Preliminary report on the killing of rats and rat fleas by hydrocyanic acid gas - Number 38
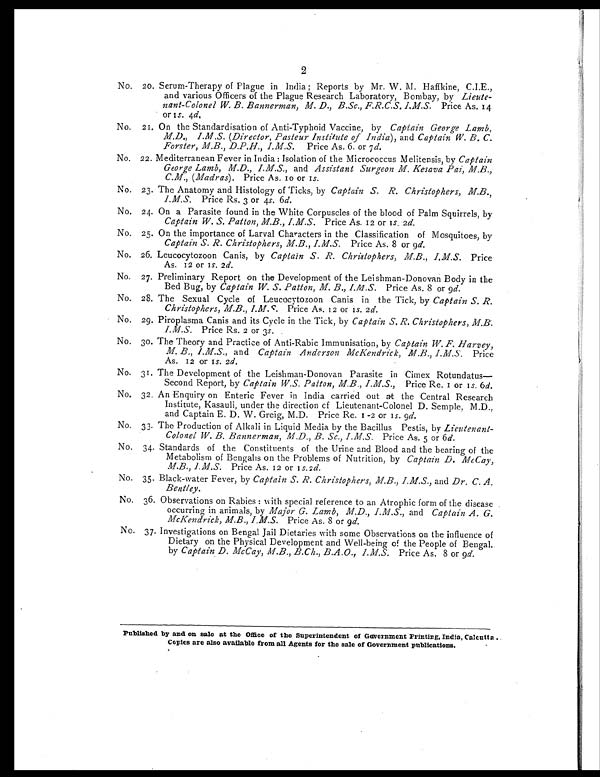
2
No. 20. Serum-Therapy of Plague in India ; Reports by Mr. W. M. Haffkine, C.I.E.,
and various Officers of the Plague Research Laboratory, Bombay, by Lieute
-
nant-Colonel W. B. Bannerman, M. D., B.Sc., F.R.C.S. I.M.S. Price As. 14
or 1s . 4d,
No. 21. On the Standardisation of Anti-Typhoid Vaccine, by Captain George Lamb,
M.D., I.M.S. (Director, Pasteur Institute of India), and Captain W. B. C.
Forster, M.B., D.P.H., I.M.S. Price As. 6. or 7 d.
No. 22. Mediterranean Fever in India : Isolation of the Micrococcus Melitensis, by Captain
George Lamb, M.D., I.M.S., and Assistant Surgeon M. Kesava Pai, MB.,
C.M., (Madras). Price As. 10 or 1s.
No. 23. The Anatomy and Histology of Ticks, by Captain S. R. Christophers,
I.M.S. M.B. Price Rs. 3 or 4s. 6d.
No. 24. On a Parasite found in the White Corpuscles of the blood of Palm Squirrels, by
Captain W. S. Patton, M.B., I.M.S. Price As. 12 or 1s. 2 d.
No. 25. On the importance of Larval Characters in the Classification of Mosquitoes, by
Captain S. R. Christophers, M.B., I.M.S. Price As. 8 or 9 d.
No. 26. Leucocytozoon Canis, by Captain S. R. Christophers, M.B., I.M.S. Price
As. 12 or 1s. 2 d.
No. 27. Preliminary Report on the Development of the Leishman-Donovan Body in the
Bed Bug, by Captain W. S. Patton, M. B., I.M.S. Price As. 8 or 9 d.
No. 28. The Sexual Cycle of Leucocytozoon Canis in the Tick, by Captain S. R.
Christophers, M.B., I.M.S. Price As. 12 or as. 2 d.
No. 29. Piroplasma Canis and its Cycle in the Tick, by Captain S. R. Christophers,
I.M.S. M.B., Price Rs. 2 or 3s ,
No. 30. The Theory and Practice of Anti-Rabic Immunisation, by Captain W. F. Harvey,
M. B., I.M.S., and Captain Anderson McKendrick, M.B., I.M.S. Price
As. 12 or 1s. 2 d .
No. 31. The Development of the Leishman-Donovan Parasite in Cimex Rotundatus-
Second Report, by Captain W.S. Patton, M.B., I.M.S., Price Re. 1 or 1s .
6 d .
No. 32. An Enquiry on Enteric Fever in India carried out at the Central Research
Institute, Kasauli, under the direction cf Lieutenant-Colonel D. Semple, M.D.,
and Captain E. D. W. Greig, M.D. Price Re. 1 -2 or 1s. 9d.
No. 33. The Production of Alkali in Liquid Media by the Bacillus Pestis, by Lieutenant-
Colonel W. B. Bannerman, M.D., B. Sc., I.M.S. Price As. 5 or 6 d.
No. 34. Standards of the Constituents of the Urine and Blood and the bearing of the
Metabolism of Bengalis on the Problems of Nutrition, by Captain D. McCay,
M.B., I.M.S. Price As. 12 or 1s. 2 d.
No. 35. Black-water Fever, by Captain S. R. Christophers, M.B., I.M.S., and Dr. C. A.
Bentley.
No. 36. Observations on Rabies : with special reference to an Atrophic form of the disease
occurring in animals, by Major G. Lamb, M.D., I.M.S., and Captain A. G.
McKendrick, M.B., I.M.S. Price As. 8 or 9d.
No. 37. Investigations on Bengal Jail Dietaries with some Observations on the influence of
Dietary on the Physical Development and Well-being of the People of Bengal.
by Captain D. McCay, M.B., B.Ch., B.A.O., I.M.S. Price As. 8 or 9d.
Published by and on sale at the Office of the Superintendent of Government Printing, India, Calcutta.
Copies are also available from all Agents for the sale of Government publications.